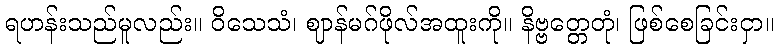
ရဟန်းသည်မူလည်း။ ဝိသေသံ၊ ဈာန်မဂ်ဖိုလ်အထူးကို။ နိဗ္ဗတ္တေတုံ၊ ဖြစ်စေခြင်းငှာ။